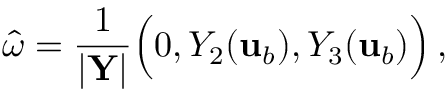
\boldsymbol { \hat { \omega } } = \frac { 1 } { | \mathbf { Y } | } \Big ( 0 , Y _ { 2 } ( { \mathbf { u } } _ { b } ) , Y _ { 3 } ( { \mathbf { u } } _ { b } ) \Big ) \, ,